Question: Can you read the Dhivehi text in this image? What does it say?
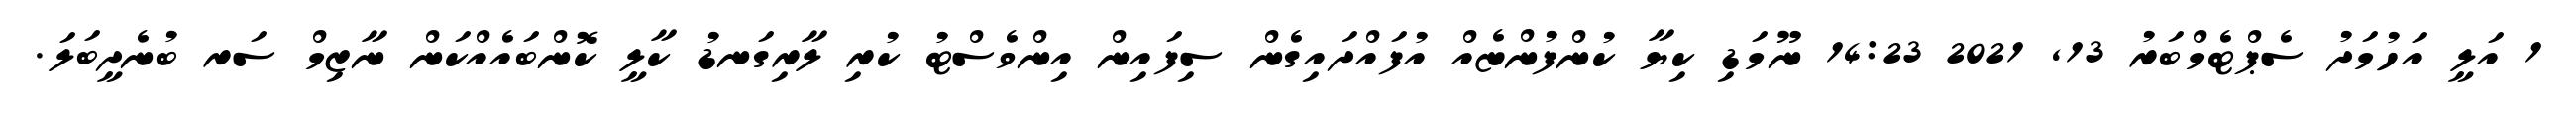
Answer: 1 އަލީ އަހުމަދު ސެޕްޓެމްބަރު 13, 2021 14:23 ނޫމަޑި ކިޔާ ކުންފުންޏެއް އުފައްދައިގެން ސިފައިން އިންވެސްޓު ކުރި ލާރިގަނޑު ކާލީ ކޮންބައެއްކަން ނާޒިމް ސަރ ބުނެދީބަލަ.